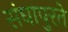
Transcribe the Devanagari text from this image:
संघापुरते